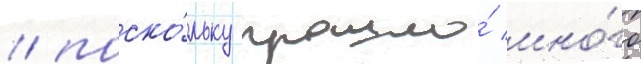
/ поско́льку прошло́ мно́го